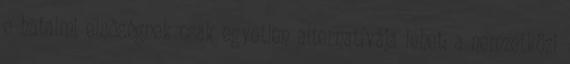
e hatalmi elsőségnek csak egyetlen alternatívája lehet: a nemzetközi